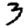
Digit: 3